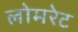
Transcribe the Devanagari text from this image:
लोमरेट